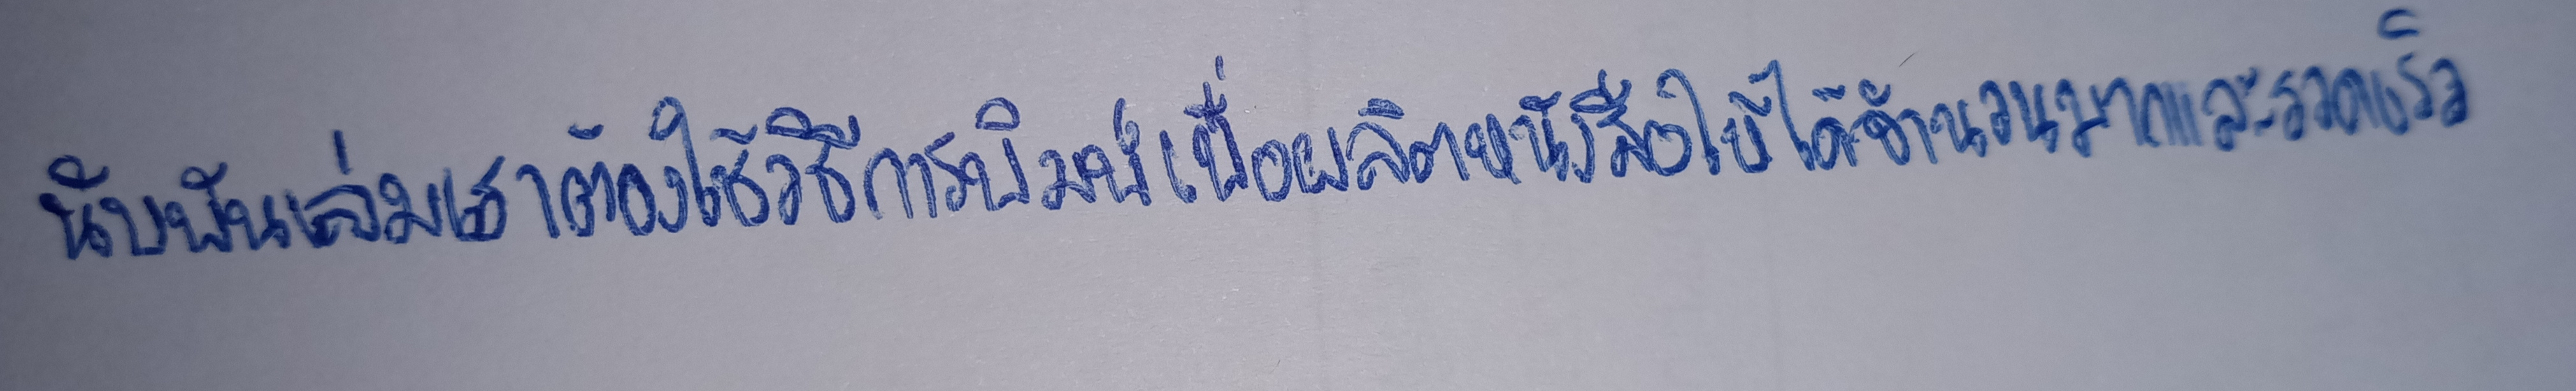
นับพันเล่มเราต้องใช้วิธีการพิมพ์เพื่อผลิตหนังสือให้ได้จำนวนมากและรวดเร็ว